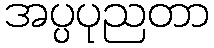
အပ္ပပုညတာ